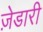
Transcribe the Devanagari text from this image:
ज़ेडारी